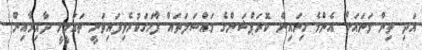
އަދި ތިން ވަނައަށް އެންމެ ގިނައިން ކޮރަޕްޝަންގެ މައްސަލަތައް ފާހަގަކުރެވިފައިވަނީ ތައުލީމީ ދާއިރާއިން